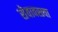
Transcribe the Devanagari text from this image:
सेवावस्त्या